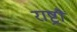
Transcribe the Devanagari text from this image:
राष्ट्रौं